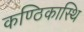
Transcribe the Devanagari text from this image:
कण्ठिकास्थि